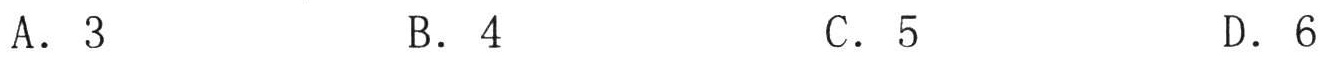
A．3
B．4
C．5
D．6